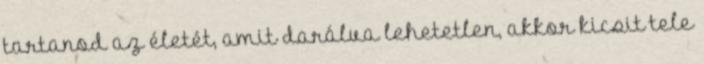
tartanod az életét, amit darálva lehetetlen, akkor kicsit tele